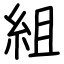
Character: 組